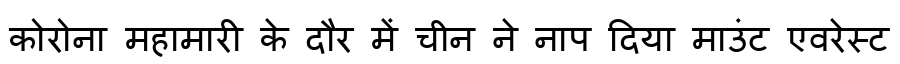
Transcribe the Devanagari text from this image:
कोरोना महामारी के दौर में चीन ने नाप दिया माउंट एवरेस्ट